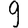
Digit: 9